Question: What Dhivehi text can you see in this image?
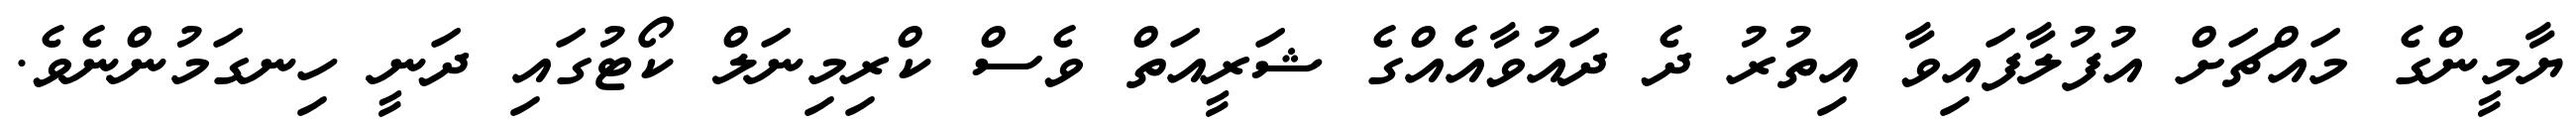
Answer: ޔާމީންގެ މައްޗަށް އުފުލާފައިވާ އިތުރު ދެ ދައުވާއެއްގެ ޝަރީއަތް ވެސް ކްރިމިނަލް ކޯޓުގައި ދަނީ ހިނގަމުންނެވެ.